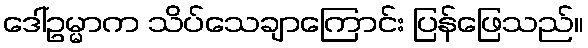
ဒေါ်ဥမ္မာက သိပ်သေချာကြောင်း ပြန်ဖြေသည်။